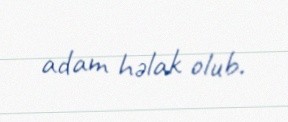
adam həlak olub.